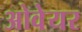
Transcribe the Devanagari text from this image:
ओवेयर